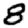
Digit: 8